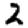
Digit: 2